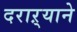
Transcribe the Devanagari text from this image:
दराऱ्याने